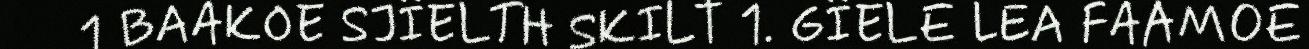
1 BAAKOE SJÏELTH SKILT 1. GÏELE LEA FAAMOE